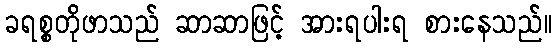
ခရစ္စတိုဖာသည် ဆာဆာဖြင့် အားရပါးရ စားနေသည်။